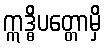
ဣဒ္ဓိပတ္တောမှိ